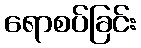
ရောစပ်ခြင်း